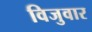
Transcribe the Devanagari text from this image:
विजुवार